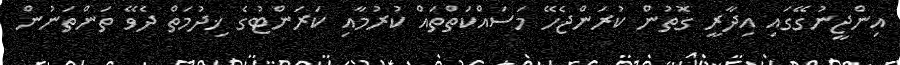
އިންޖީނުގޭގައި އިދާރީ ގޮތުން ކުރަންޖެހޭ މަސައްކަތްތައް ކުރުމާއި ކަރަންޓުގެ ޚިދުމަތް ދެވޭ ތަންތަނުން